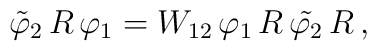
\tilde{\varphi} _2\,R\,\varphi _1=W_{12}\,\varphi _1\,R\,\tilde{\varphi _2}\,R\,,